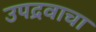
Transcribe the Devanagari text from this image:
उपद्रवाचा